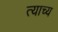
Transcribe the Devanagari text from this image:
त्याच्य